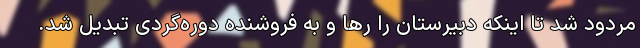
مردود شد تا اینکه دبیرستان را رها و به فروشنده دوره‌گردی تبدیل شد.